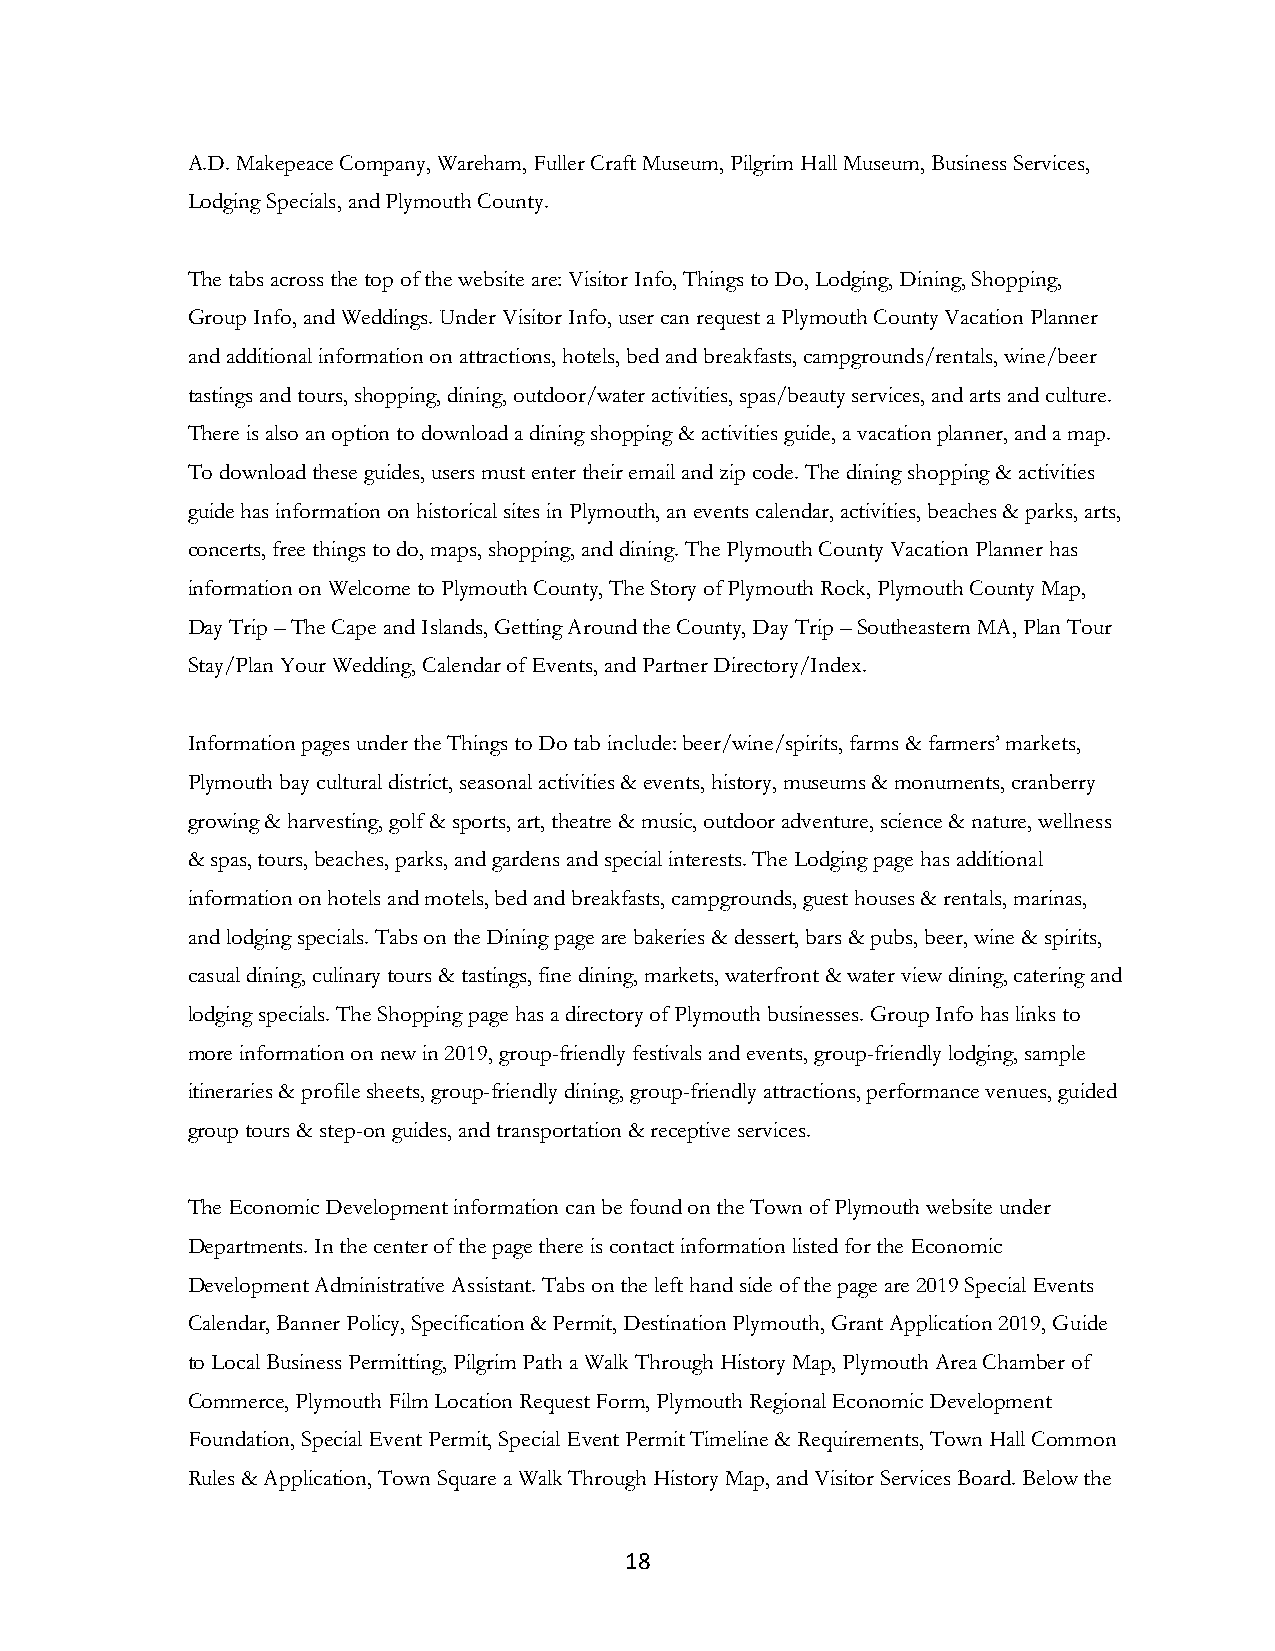
A.D. Makepeace Company, Wareham, Fuller Craft Museum, Pilgrim Hall Museum, Business Services,
 Lodging Specials, and Plymouth County.
 The tabs across the top of the website are: Visitor Info, Things to Do, Lodging, Dining, Shopping,
 Group Info, and Weddings. Under Visitor Info, user can request a Plymouth County Vacation Planner
 and additional information on attractions, hotels, bed and breakfasts, campgrounds/rentals, wine/beer
 tastings and tours, shopping, dining, outdoor/water activities, spas/beauty services, and arts and culture.
 There is also an option to download a dining shopping & activities guide, a vacation planner, and a map.
 To download these guides, users must enter their email and zip code. The dining shopping & activities
 guide has information on historical sites in Plymouth, an events calendar, activities, beaches & parks, arts,
 concerts, free things to do, maps, shopping, and dining. The Plymouth County Vacation Planner has
 information on Welcome to Plymouth County, The Story of Plymouth Rock, Plymouth County Map,
 Day Trip – The Cape and Islands, Getting Around the County, Day Trip – Southeastern MA, Plan Tour
 Stay/Plan Your Wedding, Calendar of Events, and Partner Directory/Index.
 Information pages under the Things to Do tab include: beer/wine/spirits, farms & farmers’ markets,
 Plymouth bay cultural district, seasonal activities & events, history, museums & monuments, cranberry
 growing & harvesting, golf & sports, art, theatre & music, outdoor adventure, science & nature, wellness
 & spas, tours, beaches, parks, and gardens and special interests. The Lodging page has additional
 information on hotels and motels, bed and breakfasts, campgrounds, guest houses & rentals, marinas,
 and lodging specials. Tabs on the Dining page are bakeries & dessert, bars & pubs, beer, wine & spirits,
 casual dining, culinary tours & tastings, fine dining, markets, waterfront & water view dining, catering and
 lodging specials. The Shopping page has a directory of Plymouth businesses. Group Info has links to
 more information on new in 2019, group-friendly festivals and events, group-friendly lodging, sample
 itineraries & profile sheets, group-friendly dining, group-friendly attractions, performance venues, guided
 group tours & step-on guides, and transportation & receptive services.
 The Economic Development information can be found on the Town of Plymouth website under
 Departments. In the center of the page there is contact information listed for the Economic
 Development Administrative Assistant. Tabs on the left hand side of the page are 2019 Special Events
 Calendar, Banner Policy, Specification & Permit, Destination Plymouth, Grant Application 2019, Guide
 to Local Business Permitting, Pilgrim Path a Walk Through History Map, Plymouth Area Chamber of
 Commerce, Plymouth Film Location Request Form, Plymouth Regional Economic Development
 Foundation, Special Event Permit, Special Event Permit Timeline & Requirements, Town Hall Common
 Rules & Application, Town Square a Walk Through History Map, and Visitor Services Board. Below the
 18